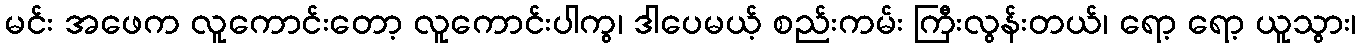
မင်း အဖေက လူကောင်းတော့ လူကောင်းပါကွ၊ ဒါပေမယ့် စည်းကမ်း ကြီးလွန်းတယ်၊ ရော့ ရော့ ယူသွား၊